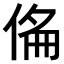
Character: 𠊇